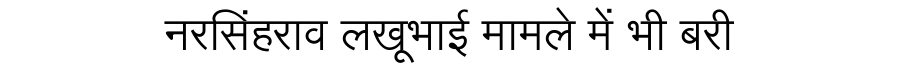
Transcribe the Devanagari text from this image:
नरसिंहराव लखूभाई मामले में भी बरी